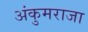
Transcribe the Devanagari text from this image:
अंकुमराजा